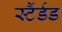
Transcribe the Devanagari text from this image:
स्टैंर्डड